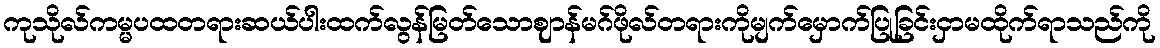
ကုသိုလ်ကမ္မပထတရားဆယ်ပါးထက်လွန်မြတ်သောဈာန်မဂ်ဖိုလ်တရားကိုမျက်မှောက်ပြုခြင်းငှာမထိုက်ရာသည်ကို